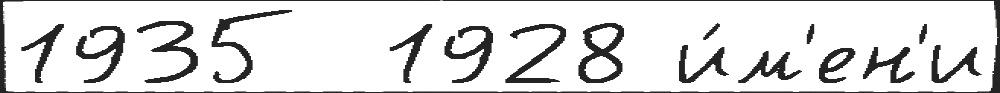
1935  1928 и́м'ен'и